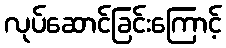
လုပ်ဆောင်ခြင်းကြောင့်